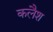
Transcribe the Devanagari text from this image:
कलैश